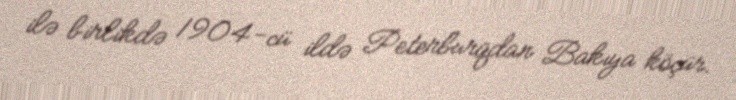
ilə birlikdə 1904-cü ildə Peterburqdan Bakıya köçür.